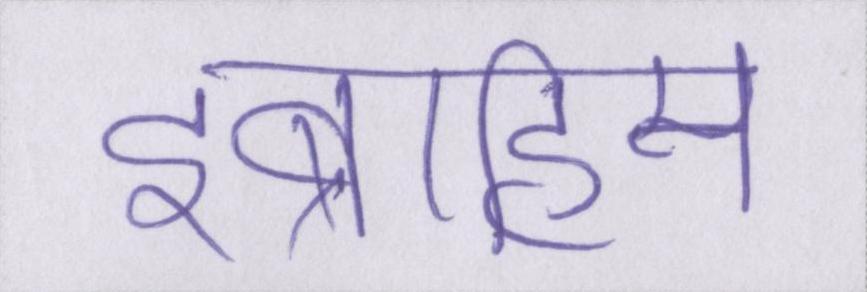
इब्राहिम